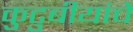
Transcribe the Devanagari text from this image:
कुटुबीयांचे